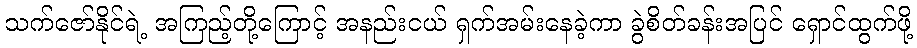
သက်ဇော်နိုင်ရဲ့ အကြည့်တို့ကြောင့် အနည်းငယ် ရှက်အမ်းနေခဲ့ကာ ခွဲစိတ်ခန်းအပြင် ရှောင်ထွက်ဖို့